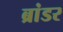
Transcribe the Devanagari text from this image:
ब्रांडर